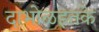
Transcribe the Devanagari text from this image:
दाभोळइतके